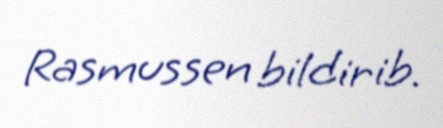
Rasmussen bildirib.